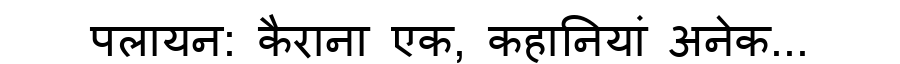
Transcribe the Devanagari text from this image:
पलायन: कैराना एक, कहानियां अनेक...